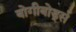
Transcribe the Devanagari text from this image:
बोगीबोर्ड्स